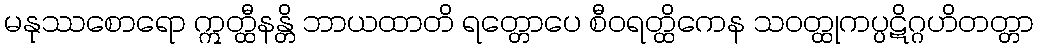
မနုဿစောရော ဣတ္ထီနန္တိ ဘာယထာတိ ရတ္တောပေ စီဝရတ္ထိကေန သဝတ္ထုကပ္ပဋိဂ္ဂဟိတတ္တာ